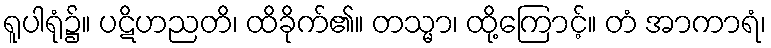
ရူပါရုံ၌။ ပဋိဟညတိ၊ ထိခိုက်၏။ တသ္မာ၊ ထို့ကြောင့်။ တံ အာကာရံ၊